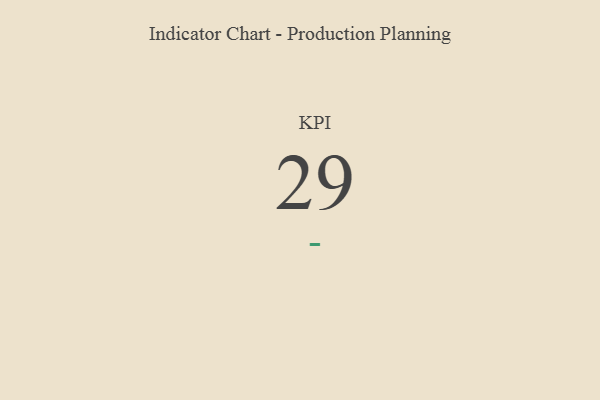
{"axis": {"x": "KPI", "y": "Value"}, "legend": [""], "data": [{"x": "KPI", "y": 29, "type": ""}]}